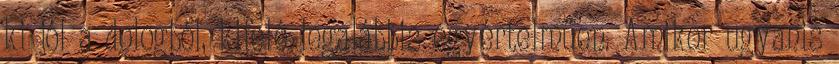
ki jól a dologból, kifelé legalábbis egyértelműen. Amikor ugyanis